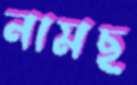
নামছ